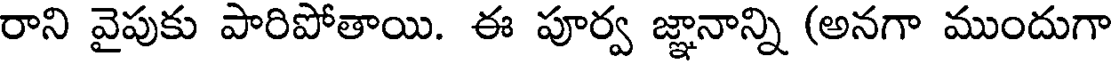
రాని వైపుకు పారిపోతాయి. ఈ పూర్వ జ్ఞానాన్ని (అనగా ముందుగా